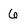
Character: 6